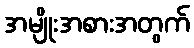
အမျိုးအစားအတွက်